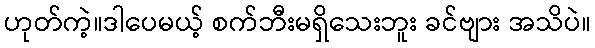
ဟုတ်ကဲ့။ဒါပေမယ့် စက်ဘီးမရှိသေးဘူး ခင်ဗျား အသိပဲ။